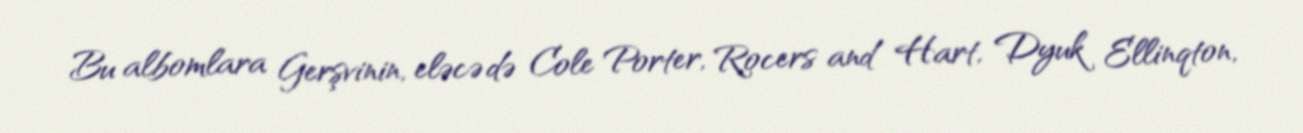
Bu albomlara Gerşvinin, eləcə də Cole Porter, Rocers and Hart, Dyuk Ellinqton,